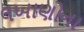
લખાણોના